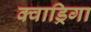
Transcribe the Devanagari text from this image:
क्वाड्रिगा